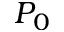
P _ { 0 }